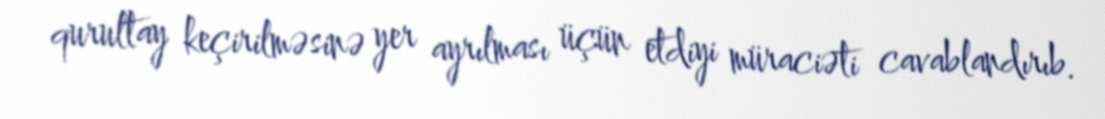
qurultay keçirilməsinə yer ayrılması üçün etdiyi müraciəti cavablandırıb.